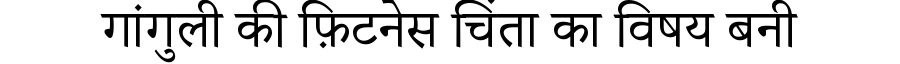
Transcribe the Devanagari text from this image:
गांगुली की फ़िटनेस चिंता का विषय बनी